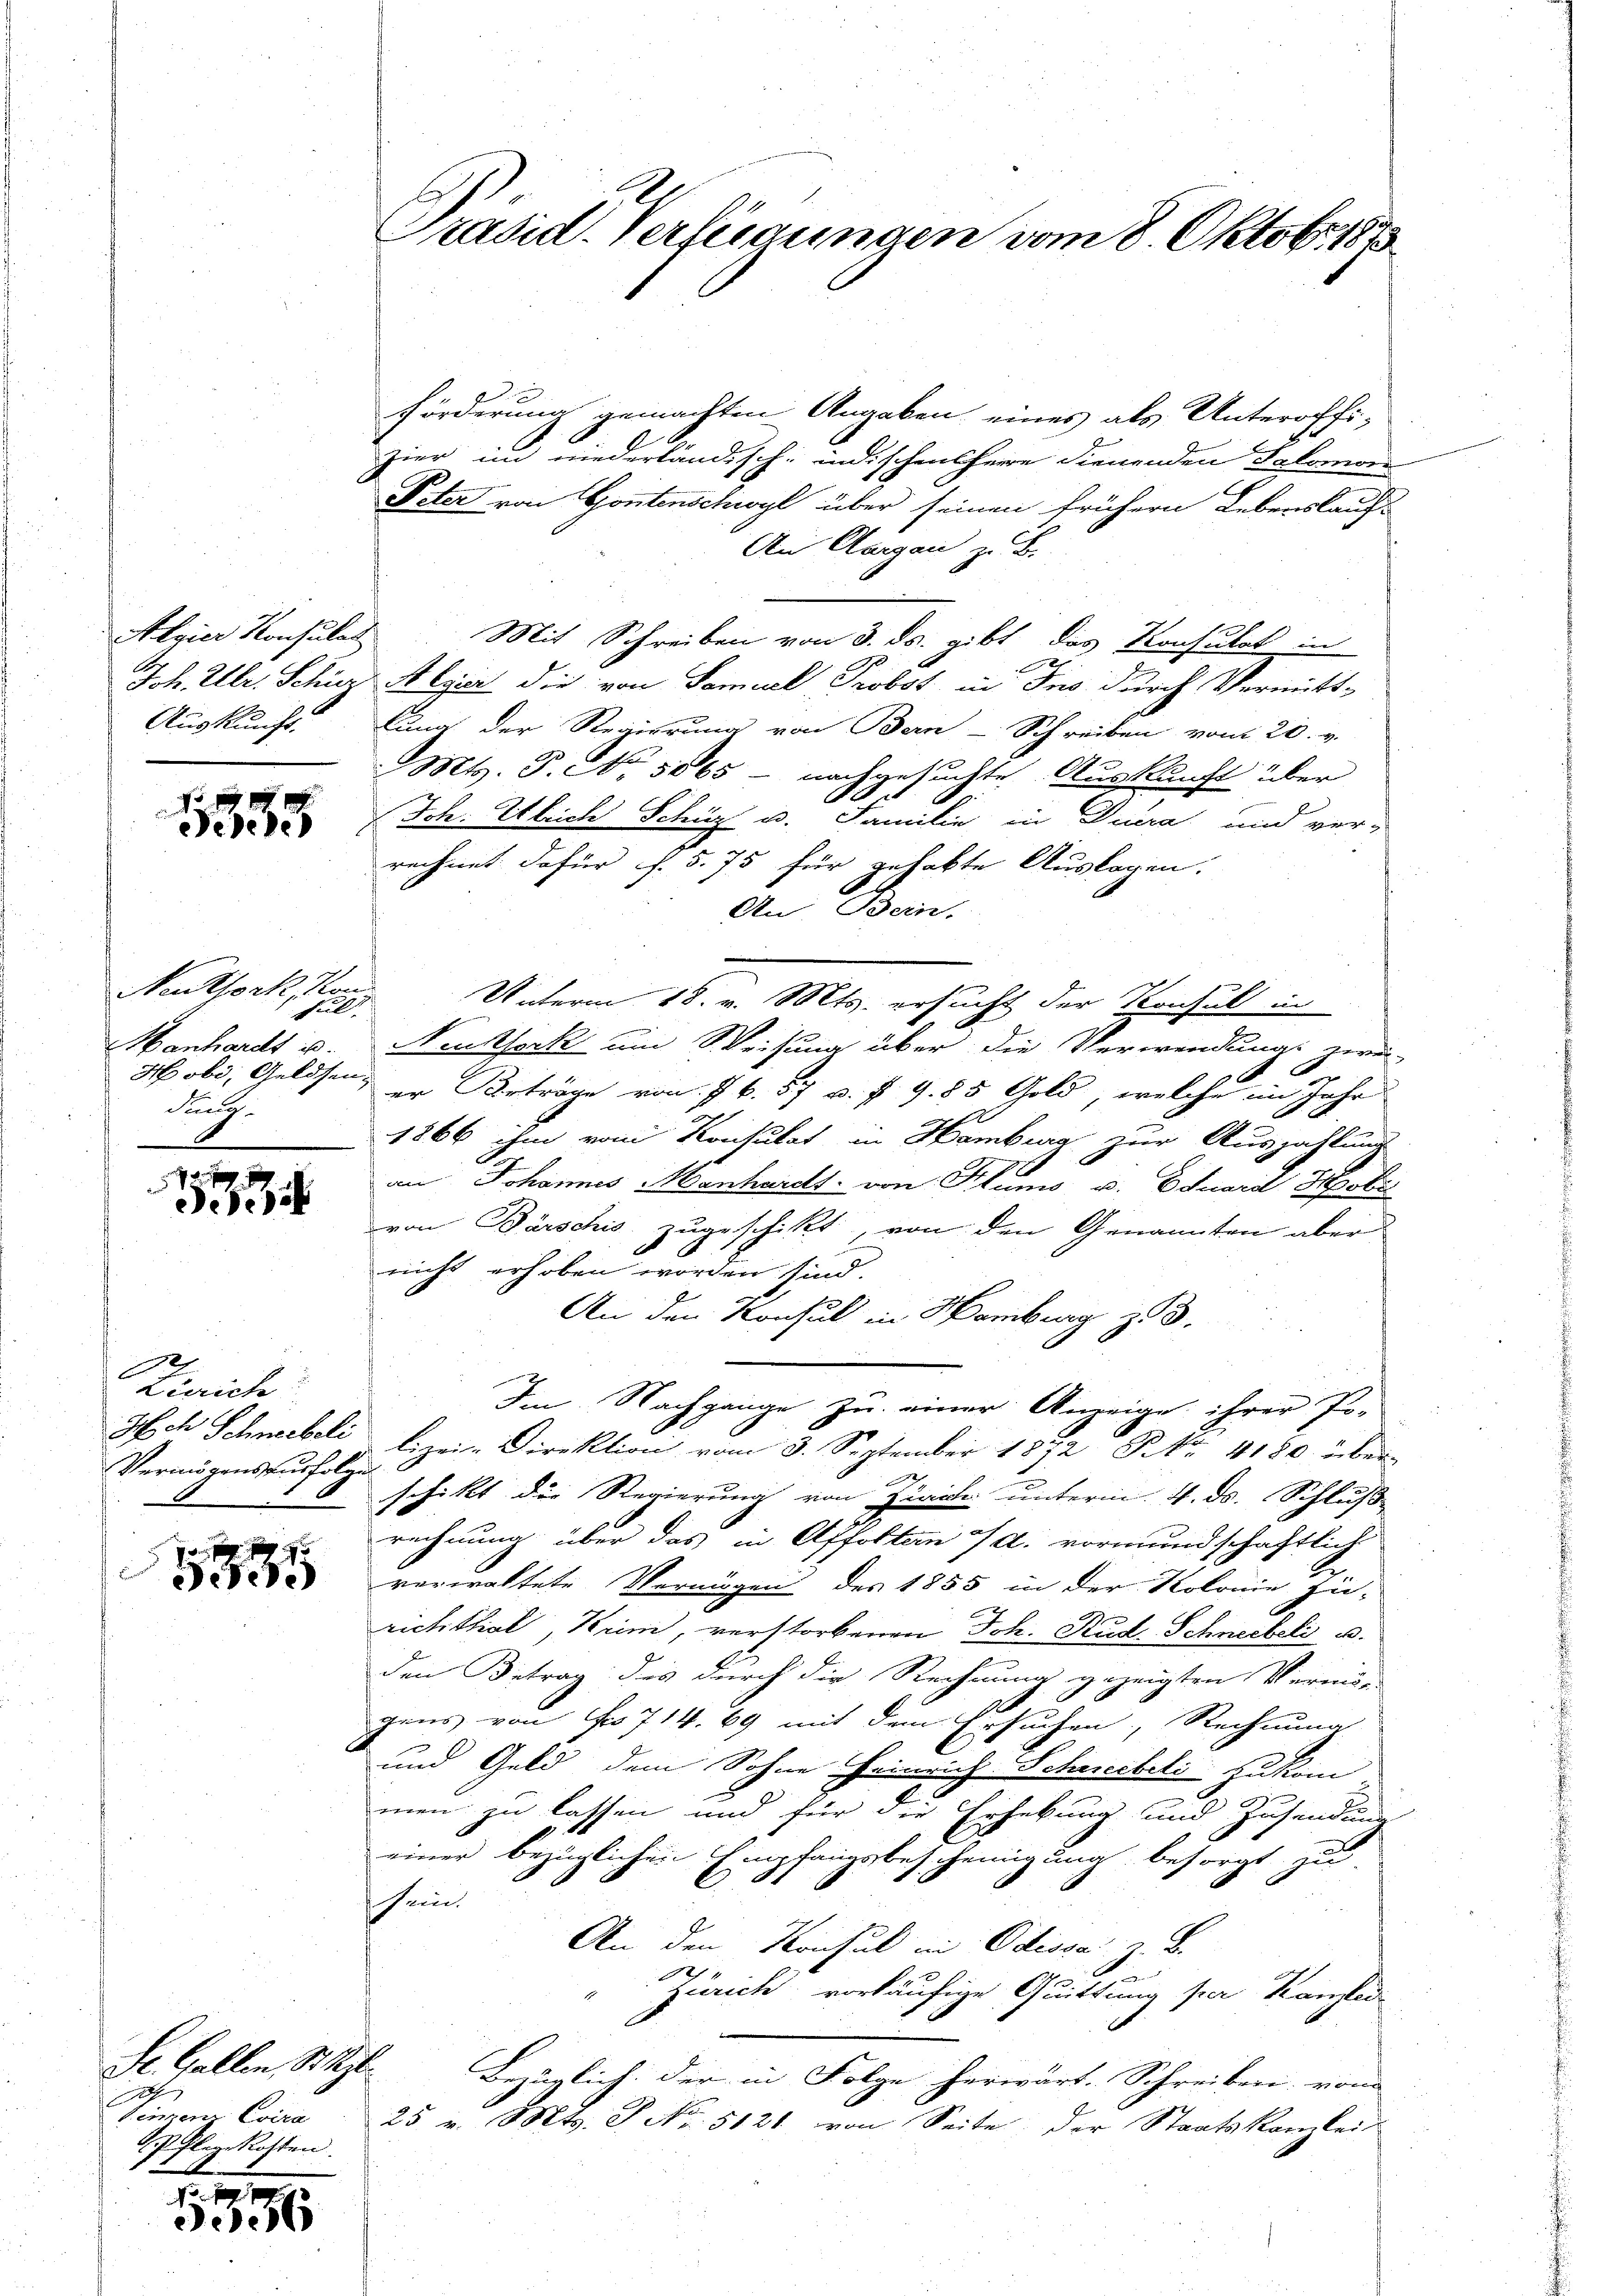
Algier Konsulat

5335

Neuthork, Kon
ful.
Hanhardt u.
Stigg

8
Jeseit

8
Zürich
Vermögensausfolge

5

Se. Gallen S. z.
.
Vinzenz Evira
Pflegekosten.

.
5356

Förderung gemachten Angaben eines als Unteroffi-
zier in niederländisch-indischensherr Dienenden Salomon
Peter von Gontenschwyl über seinen frühern Lebenslauf-
An Aargau z. B.
Mit Schreiben von 3. ds. gibt das Tonsulat in
x
Joh. Ulr. Schüz Algier die von Samuel Probst in Ins durch Vermitt-
Auskunft lung der Regierung von Bern-Schreiben vom 20. v.
n
Mts. S. No. 5065 - nachgesuchte Auskunft über
Joh. Ulrich Schüz u. Familie in Duera und ver-
rechnet dafür f. 5. 75 für gehabte Auslagen.
An Bein.
Unterm 18. v. Mts. ersucht der Konsul in
Neuksork um Weisung über die Verwendungs neu-
r
Hobi, Geldsen er Anträge von Jb. 57 u. f. 9. 85 Gold, welche im Jahr
1866 ihm vom Konsulat in Hamburg zur Auszahlung
an Johannes Manhardt von Klums u. Eduard Spoli
von Bärschis zugeschikt, von den Genannten aber
nicht erhoben worden sind.
An den Konsul in Hamburg zu 3.
Im Nachgange zu einer Anzeige ihrer Po-
Gech Schneebeli lizeie Direktion vom 3. September 1872 Fr. 4180 über-
.
schickt die Regierung von Zürich unterm 4. ds. Schluß
rechnung über das in Affolten 7 d. vormundschaftlich
verwaltete Vermögen des 1855 in der Kolonie zu-
richttial, Krim, verstorbenen Joh. Rud Schneebeli u.
den Betrag des durch die Rechnung gezeigten Verein-
gens von Fr. 714. 69 mit dem Ersuchen, Rechnung
und Geld dem Sohne Heinrich Schreibeli zukom-
men zu lassen und für die Erhebung und Zusendung
einer bezüglichen Empfangsbescheinigung besorgt zu
sein
An den Konsul in Odissa
1
Zürich vorläufige Quittung per Kanzlei
Bezüglich: Der in Folge herwärt. Schreiben vom
25 v. Mts. S. Nr. 5121 von Seite der Staatskanzlei

e
Präsid. Verfügungen vom 8. Oktobr. 187